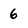
Character: 6